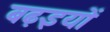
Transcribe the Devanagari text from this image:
बढ़इयों